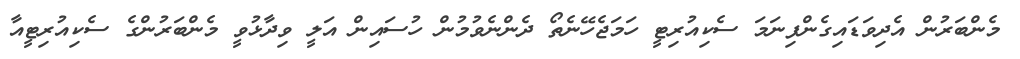
މެންބަރުން އެދިވަޑައިގެންފިނަމަ ސެކިއުރިޓީ ހަމަޖެހޭނެތޯ ދެންނެވުމުން ހުސައިން އަލީ ވިދާޅުވީ މެންބަރުންގެ ސެކިއުރިޓީއާ